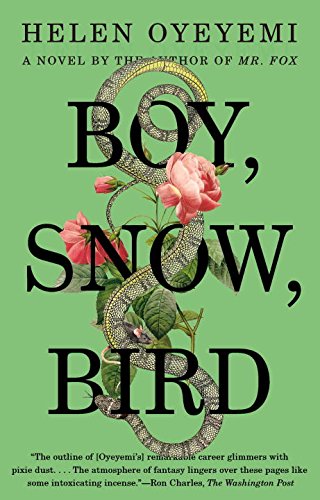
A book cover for Boy, Snow, Bird: A Novel; Helen Oyeyemi; Literature & Fiction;